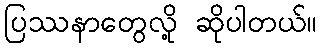
ပြဿနာတွေလို့ ဆိုပါတယ်။